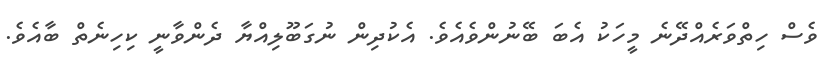
ވެސް ހިތްވަރެއްދޭނެ މީހަކު އެބަ ބޭނުންވެއެވެ. އެކުދިން ނުގަބޫލިއްޔާ ދެންވާނީ ކިހިނެތް ބާއެވެ.